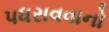
પધરાવવાનો